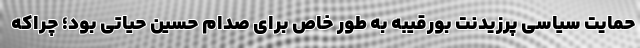
حمایت سیاسی پرزیدنت بورقیبه به طور خاص برای صدام حسین حیاتی بود؛ چراکه